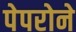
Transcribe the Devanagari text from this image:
पेपरोने